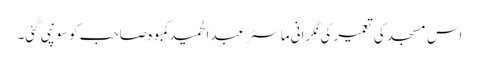
اس مسجد کی تعمیر کی نگرانی ماسٹر عبدالحمید کمبوہ صاحب کو سونپی گئی۔